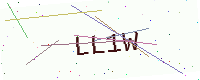
Text: LL1W